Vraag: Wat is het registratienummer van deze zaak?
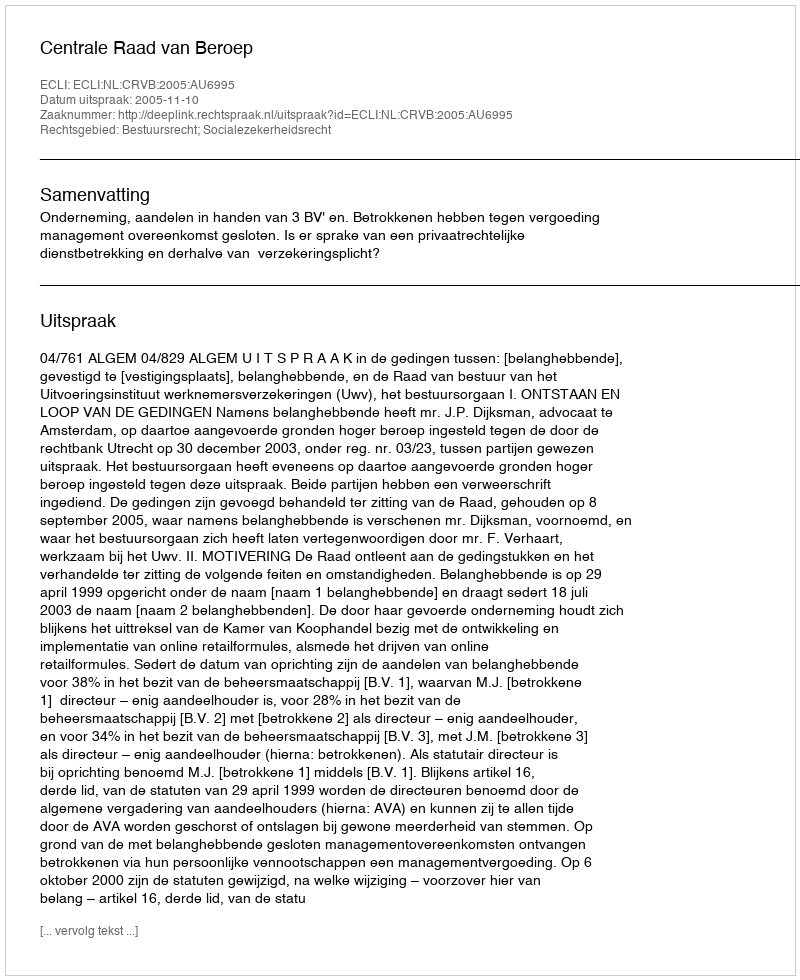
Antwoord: http://deeplink.rechtspraak.nl/uitspraak?id=ECLI:NL:CRVB:2005:AU6995